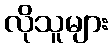
လိုသူများ